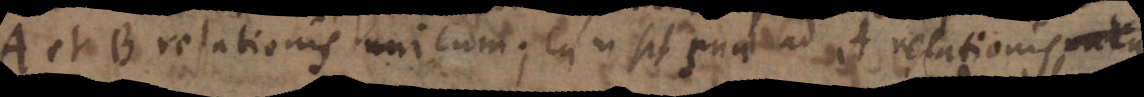
A et B relationis unicum; ea in sit _ ad et relationis